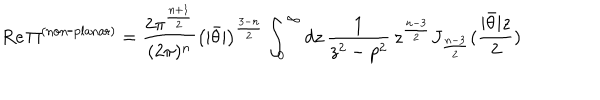
\mathrm { R e } \, \Pi ^ { \mathrm { ( n o n \mathrm { - } p l a n a r ) } } = \frac { 2 \pi ^ { \frac { n + 1 } { 2 } } } { ( 2 \pi ) ^ { n } } \left( | \bar { \theta } | \right) ^ { \frac { 3 - n } { 2 } } \int _ { 0 } ^ { \infty } d z \, \frac { 1 } { z ^ { 2 } - p ^ { 2 } } \, z ^ { \frac { n - 3 } { 2 } } J _ { \frac { n - 3 } { 2 } } ( \frac { | \bar { \theta } | z } { 2 } )